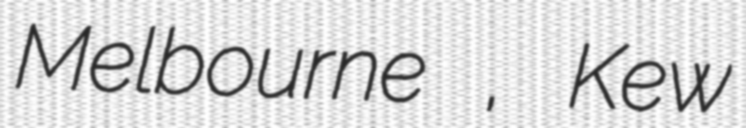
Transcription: Melbourne , Kew